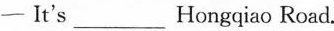
—It's___Hongqiao Road.